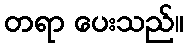
တရာ ပေးသည်။